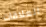
العلاقات